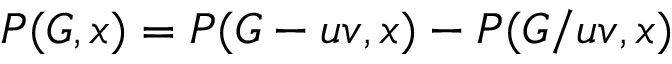
P ( G , x ) = P ( G - u v , x ) - P ( G / u v , x )